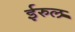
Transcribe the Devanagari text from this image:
ईरुल